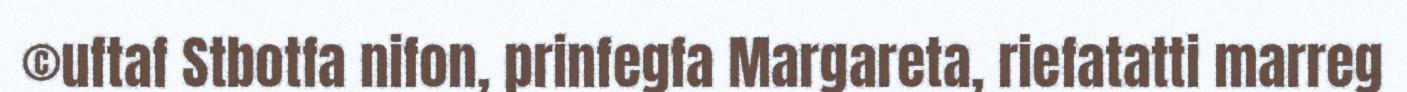
©uftaf Stbotfa nifon, prinfegfa Margareta, riefatatti marreg